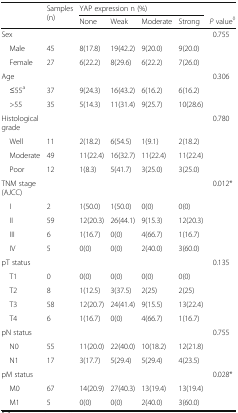
<table><thead><tr><td rowspan="2"></td><td rowspan="2"><b>Samples (n)</b></td><td colspan="4"><b>YAP expression n (%)</b></td><td></td></tr><tr><td><b>None</b></td><td><b>Weak</b></td><td><b>Moderate</b></td><td><b>Strong</b></td><td><b><i>P</i> value<sup>◊</sup></b></td></tr></thead><tbody><tr><td>Sex</td><td></td><td></td><td></td><td></td><td></td><td>0.755</td></tr><tr><td> Male</td><td>45</td><td>8(17.8)</td><td>19(42.2)</td><td>9(20.0)</td><td>9(20.0)</td><td></td></tr><tr><td> Female</td><td>27</td><td>6(22.2)</td><td>8(29.6)</td><td>6(22.2)</td><td>7(26.0)</td><td></td></tr><tr><td>Age</td><td></td><td></td><td></td><td></td><td></td><td>0.306</td></tr><tr><td> ≤55<sup>a</sup></td><td>37</td><td>9(24.3)</td><td>16(43.2)</td><td>6(16.2)</td><td>6(16.2)</td><td></td></tr><tr><td> &gt;55</td><td>35</td><td>5(14.3)</td><td>11(31.4)</td><td>9(25.7)</td><td>10(28.6)</td><td></td></tr><tr><td>Histological grade</td><td></td><td></td><td></td><td></td><td></td><td>0.780</td></tr><tr><td> Well</td><td>11</td><td>2(18.2)</td><td>6(54.5)</td><td>1(9.1)</td><td>2(18.2)</td><td></td></tr><tr><td> Moderate</td><td>49</td><td>11(22.4)</td><td>16(32.7)</td><td>11(22.4)</td><td>11(22.4)</td><td></td></tr><tr><td> Poor</td><td>12</td><td>1(8.3)</td><td>5(41.7)</td><td>3(25.0)</td><td>3(25.0)</td><td></td></tr><tr><td>TNM stage (AJCC)</td><td></td><td></td><td></td><td></td><td></td><td>0.012*</td></tr><tr><td> I</td><td>2</td><td>1(50.0)</td><td>1(50.0)</td><td>0(0)</td><td>0(0)</td><td></td></tr><tr><td> II</td><td>59</td><td>12(20.3)</td><td>26(44.1)</td><td>9(15.3)</td><td>12(20.3)</td><td></td></tr><tr><td> III</td><td>6</td><td>1(16.7)</td><td>0(0)</td><td>4(66.7)</td><td>1(16.7)</td><td></td></tr><tr><td> IV</td><td>5</td><td>0(0)</td><td>0(0)</td><td>2(40.0)</td><td>3(60.0)</td><td></td></tr><tr><td>pT status</td><td></td><td></td><td></td><td></td><td></td><td>0.135</td></tr><tr><td> T1</td><td>0</td><td>0(0)</td><td>0(0)</td><td>0(0)</td><td>0(0)</td><td></td></tr><tr><td> T2</td><td>8</td><td>1(12.5)</td><td>3(37.5)</td><td>2(25)</td><td>2(25)</td><td></td></tr><tr><td> T3</td><td>58</td><td>12(20.7)</td><td>24(41.4)</td><td>9(15.5)</td><td>13(22.4)</td><td></td></tr><tr><td> T4</td><td>6</td><td>1(16.7)</td><td>0(0)</td><td>4(66.7)</td><td>1(16.7)</td><td></td></tr><tr><td>pN status</td><td></td><td></td><td></td><td></td><td></td><td>0.755</td></tr><tr><td> N0</td><td>55</td><td>11(20.0)</td><td>22(40.0)</td><td>10(18.2)</td><td>12(21.8)</td><td></td></tr><tr><td> N1</td><td>17</td><td>3(17.7)</td><td>5(29.4)</td><td>5(29.4)</td><td>4(23.5)</td><td></td></tr><tr><td>pM status</td><td></td><td></td><td></td><td></td><td></td><td>0.028*</td></tr><tr><td> M0</td><td>67</td><td>14(20.9)</td><td>27(40.3)</td><td>13(19.4)</td><td>13(19.4)</td><td></td></tr><tr><td> M1</td><td>5</td><td>0(0)</td><td>0(0)</td><td>2(40.0)</td><td>3(60.0)</td><td></td></tr></tbody></table>